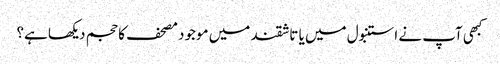
کبھی آپ نے استنبول میں یا تاشقند میں موجود مصحف کا حجم دیکھا ہے؟